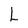
Character: L